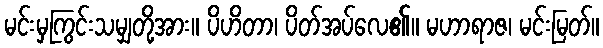
မင်းမှကြွင်းသမျှတို့အား။ ပိဟိတာ၊ ပိတ်အပ်လေ၏။ မဟာရာဇ၊ မင်းမြတ်။